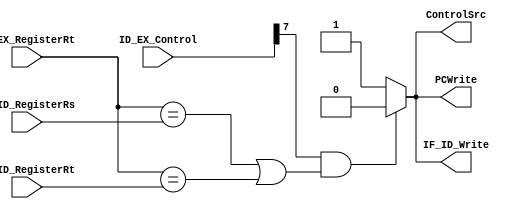
`timescale 1ns / 1ps
//////////////////////////////////////////////////////////////////////////////////
// Company: 
// Engineer: 
// 
// Design Name: 
// Module Name: HazardDetectionUnit
// Project Name: 
// Target Devices: 
// Tool Versions: 
// Description: 
// 
// Dependencies: 
// 
// Revision:
// Revision 0.01 - File Created
// Additional Comments:
// 
//////////////////////////////////////////////////////////////////////////////////


module HazardDetectionUnit(
input [9:0] ID_EX_Control,
input [4:0] ID_EX_RegisterRt,
input [4:0] IF_ID_RegisterRs,
input [4:0] IF_ID_RegisterRt,
output reg ControlSrc,
output reg PCWrite,
output reg IF_ID_Write
);
// MemRead is ~MemWrite
assign ID_EX_MemRead = ID_EX_Control[7];
initial
begin
    ControlSrc = 'b1;
    PCWrite = 'b1;
    IF_ID_Write = 'b1;
end
always @(*)
begin
    if(ID_EX_MemRead & ((ID_EX_RegisterRt == IF_ID_RegisterRs) || (ID_EX_RegisterRt == IF_ID_RegisterRt)))
    begin
        ControlSrc = 'b0;
        PCWrite = 'b0;
        IF_ID_Write = 'b0;
    end
    else
    begin
        ControlSrc = 'b1;
        PCWrite = 'b1;
        IF_ID_Write = 'b1;
    end
end
endmodule